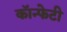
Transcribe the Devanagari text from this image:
कॉन्फेटी